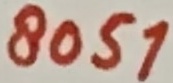
Text: 8051